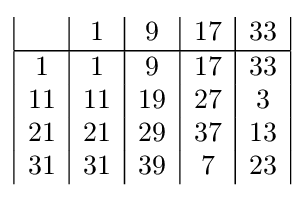
{\begin{array}{|c|c|c|c|c|c|c|}&1&9&17&33\\\hline 1&1&9&17&33\\11&11&19&27&3\\21&21&29&37&13\\31&31&39&7&23\\\end{array}}